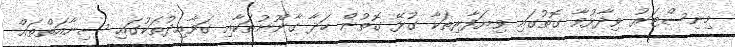
މިނިސްޓަރު ވިދާޅުވާ ގޮތުގައި ވިޔަފާރިތަކާ ގުޅޭ ގޮތުން ހަދާ ގާނޫނުތަކާއި ގަވާއިދުތަކުގައި ސިނާއަތްތައް